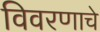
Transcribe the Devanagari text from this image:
विवरणाचे